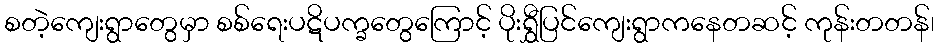
စတဲ့ကျေးရွာတွေမှာ စစ်ရေးပဋိပက္ခတွေကြောင့် ပိုးရွှီပြင်ကျေးရွာကနေတဆင့် ကုန်းတတန်၊